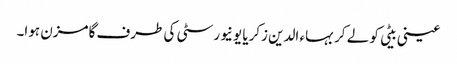
عینی بیٹی کو لے کر بہاء الدین زکریا یونیورسٹی کی طرف گامزن ہوا۔